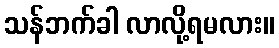
သန်ဘက်ခါ လာလို့ရမလား။